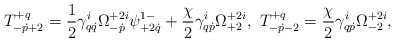
\begin{align*}T^{+q}_{-\dot p+2}=\frac12\gamma^i_{q\dot q}\Omega^{+2i}_{-\dot p}\psi^{1-}_{+2\dot q}+\frac{\chi}{2}\gamma^i_{q\dot p}\Omega^{+2i}_{+2},\ T^{+q}_{-\dot p-2}=\frac{\chi}{2}\gamma^i_{q\dot p}\Omega^{+2i}_{-2},\end{align*}